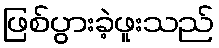
ဖြစ်ပွားခဲ့ဖူးသည်